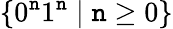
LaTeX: \{ 0^{\mathtt{n}}1^{\mathtt{n}}\mid\mathtt{n}\geq0\}